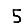
Digit: 5